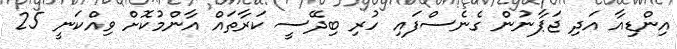
އިންޑިއާ އަދި ޖަޕާނުން ގެނެސްފައި ހުރި ބިދޭސީ ކަރާތައް އާންމުކޮށް ވިއްކަނީ 25